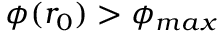
\phi ( r _ { 0 } ) > \phi _ { m a x }